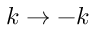
\boldsymbol { k } \to - \boldsymbol { k }